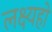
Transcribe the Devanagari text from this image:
लक्ष्यहो